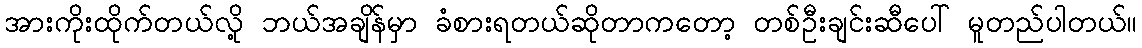
အားကိုးထိုက်တယ်လို့ ဘယ်အချိန်မှာ ခံစားရတယ်ဆိုတာကတော့ တစ်ဦးချင်းဆီပေါ် မူတည်ပါတယ်။